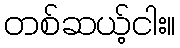
တစ်ဆယ့်ငါး။